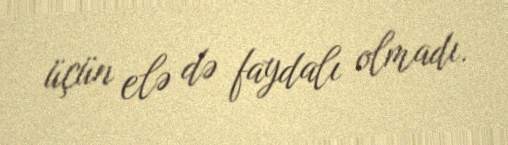
üçün elə də faydalı olmadı.